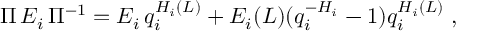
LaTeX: \Pi \, E _ { i } \, \Pi ^ { - 1 } = E _ { i } \, q _ { i } ^ { H _ { i } ( L ) } + E _ { i } ( L ) ( q _ { i } ^ { - H _ { i } } - 1 ) q _ { i } ^ { H _ { i } ( L ) } \; ,